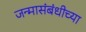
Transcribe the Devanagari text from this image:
जन्मासंबंधीच्या